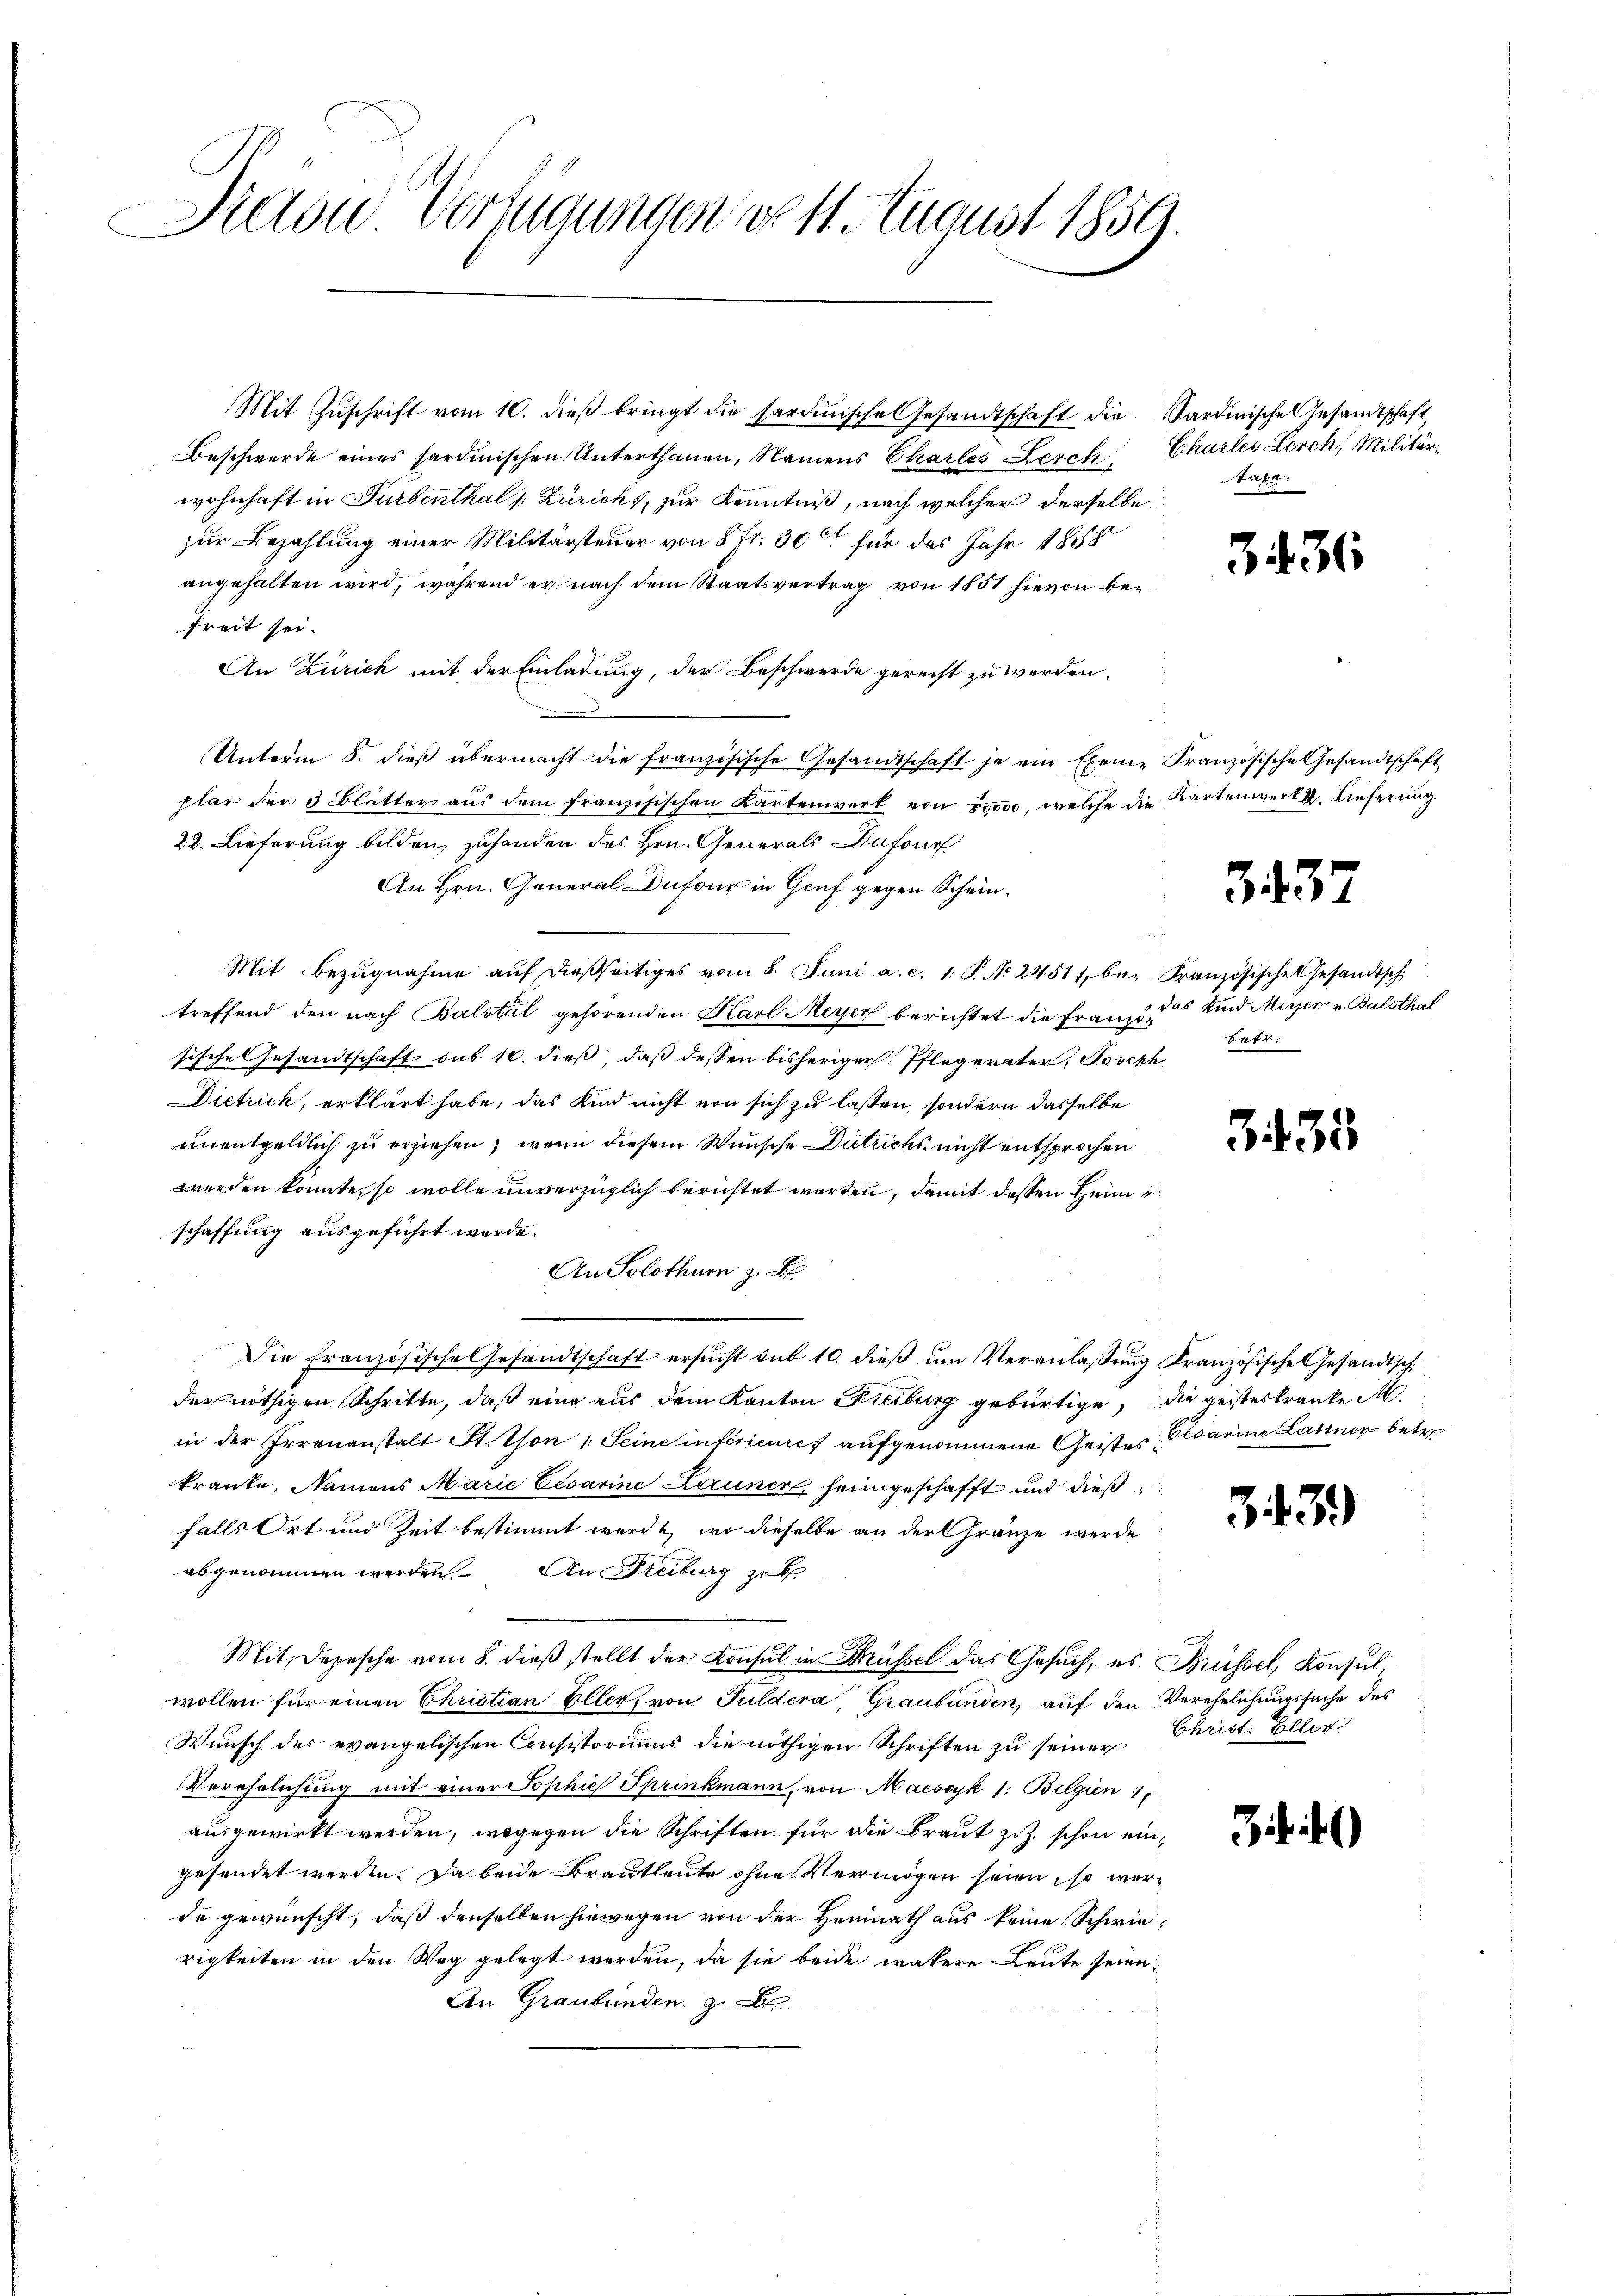
Raton Verfügungen vor 11. August 1859.

Mit Zŭschrift vom 10. dieβ bringt die sardinische Gesandtschaft die Sardinische Gesandtschaft
Beschwerde eines sardinischen Unterthanen, Namens Charles Lerch Charles Lerch, Militärwohnhaft in Turbenthal u. Zürich, zur Kenntniß, nach welcher derselbe
zur Bezahlung einer Militärsteuer von 8 Fr. 30 für das Jahr 1858
angehalten wird, während er nach dem Staatsvertrag von 1851 hievon befreit sei.
An Zürich mit der Einladung, der Beschwerde gerecht zu werden.
Unterm 8. dieβ übermacht die französische Gesandtschaft je ein Exeme Französische Gesandtschaft
plar der 3 Blätter aus dem französischen Kartenwert von 80000, welche die Kartenwerk u. Lieferung
22. Lieferung bilden, zuhanden des Hrn. Generals Defonis
An Hrn. General Dufour in Genf gegen Schein¬
Mit Bezŭgnahme aŭf dießseitiges vom 8. Juni a. c. 1. P. No 2451, bei Französische Gesandtsch
treffend den nach Balstät gehörenden Karl Meyer berichtet die Franz, das Kind Mujer v. Balsthal
sische Gesandtschaft sub 10. dieß, daß dessen bisheriger Pflegerater, Joseph
Dietrick, erklärt habe, das Kind nicht von sich zu lassen, sondern dasselbe
unentgeldlich zu erziehen, wenn diesem Wunsche Dutrichs nicht entsprochen
werden konnte, so wolle unverzüglich berichtet werden, damit dessen Heim
schaffung ausgeführt werde.
An Solothurn z. B.
Die Französische Gesandtschaft ersucht sub 10. dieß um Veranlaßung kranzösische Gesandtsch
der nöthigen Schritte, daß eine aus dem Kanton Freiburg gebürtige, die geisteskranke M.
in der Irrenanstalt St. Thon 1 Seine inférieure aufgenommene Geistes Gebarine Latiner betre
kranke, Namens Marie Cesarine Launer heimgeschafft und dießfalls Ort und Zeit bestimmt werde, wo dieselbe an der Gränze werde
abgenommen werden. An Freiburg zu
Mit Depesche vom 8. dieß stellt der Konsul in Brüssel das Gesuch, es Brüssel, Konsul,
wollen für einen Christian Eller, von Guldera, Graubünden, auf den Verehelichungssache des
Wunsch des evangelischen Consistoriums die nöthigen Schriften zu seiner
Verehelichung mit einer Sophie Sprinkmann, von Macssyk 1: Belgien
ausgewirkt werden, wogegen die Schriften für die Braut zu. schon eingesendet werden. Da beide Brautleute ohne Vermögen seien, so werde gewünscht, daß denselben hiewegen von der Heimath aus keine Schwierigkeiten in den Weg gelegt werden, da sie beide vätere Leute seien,
An Graubünden B

taxe.

3436

3437

betr.

3433

33.)

Christ. Eller.

340)